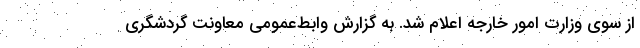
از سوی وزارت امور خارجه اعلام شد. به گزارش وابط‌عمومی معاونت گردشگری